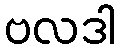
ဗလဒါ